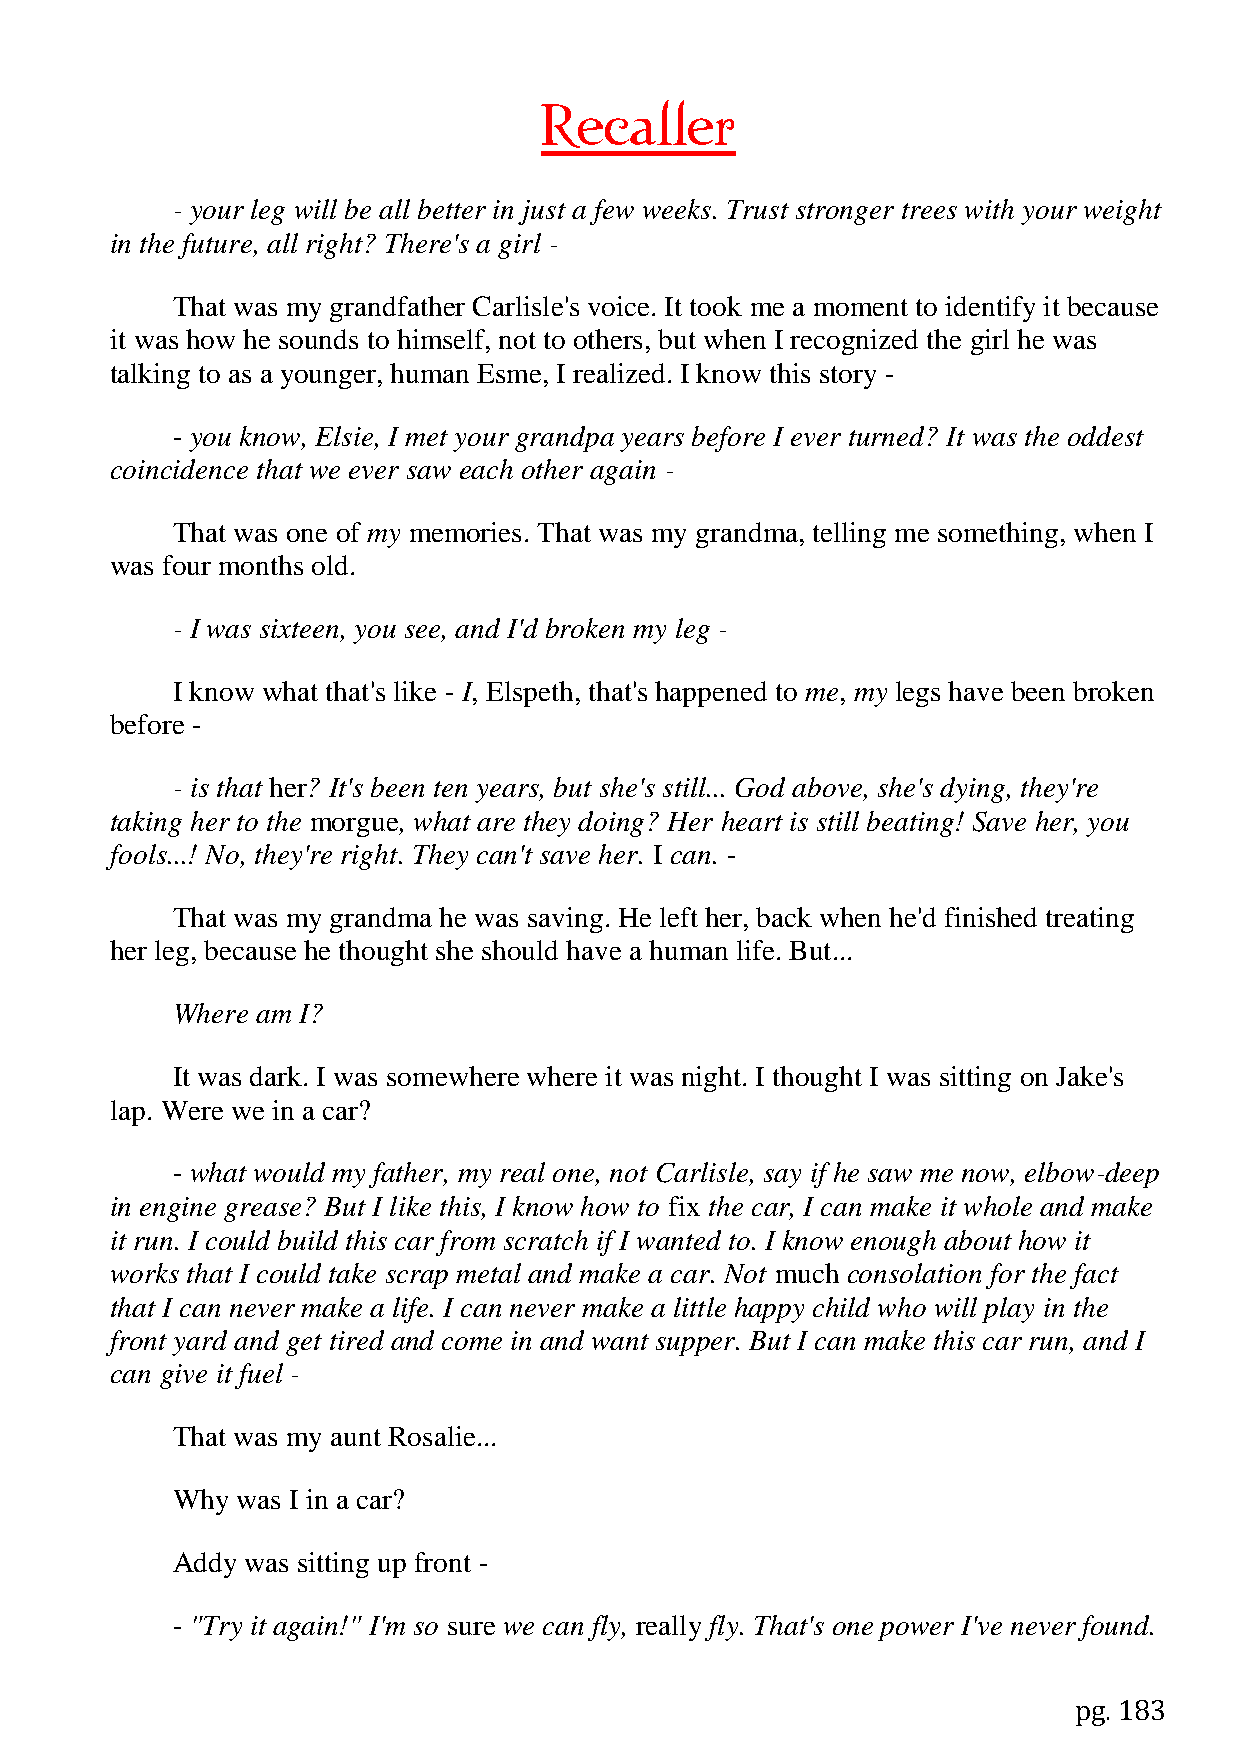
Recaller
 - your leg will be all better in just a few weeks. Trust stronger trees with your weight
 in the future, all right? There's a girl -
 That was my grandfather Carlisle's voice. It took me a moment to identify it because
 it was how he sounds to himself, not to others, but when I recognized the girl he was
 talking to as a younger, human Esme, I realized. I know this story -
 - you know, Elsie, I met your grandpa years before I ever turned? It was the oddest
 coincidence that we ever saw each other again -
 That was one of my memories. That was my grandma, telling me something, when I
 was four months old.
 - I was sixteen, you see, and I'd broken my leg -
 I know what that's like - I, Elspeth, that's happened to me, my legs have been broken
 before -
 - is that her? It's been ten years, but she's still... God above, she's dying, they're
 taking her to the morgue, what are they doing? Her heart is still beating! Save her, you
 fools...! No, they're right. They can't save her. I can. -
 That was my grandma he was saving. He left her, back when he'd finished treating
 her leg, because he thought she should have a human life. But...
 Where am I?
 It was dark. I was somewhere where it was night. I thought I was sitting on Jake's
 lap. Were we in a car?
 - what would my father, my real one, not Carlisle, say if he saw me now, elbow-deep
 in engine grease? But I like this, I know how to fix the car, I can make it whole and make
 it run. I could build this car from scratch if I wanted to. I know enough about how it
 works that I could take scrap metal and make a car. Not much consolation for the fact
 that I can never make a life. I can never make a little happy child who will play in the
 front yard and get tired and come in and want supper. But I can make this car run, and I
 can give it fuel -
 That was my aunt Rosalie...
 Why  was I in a car?
 Addy was sitting up front -
 - "Try it again!" I'm so sure we can fly, really fly. That's one power I've never found.
 pg. 183